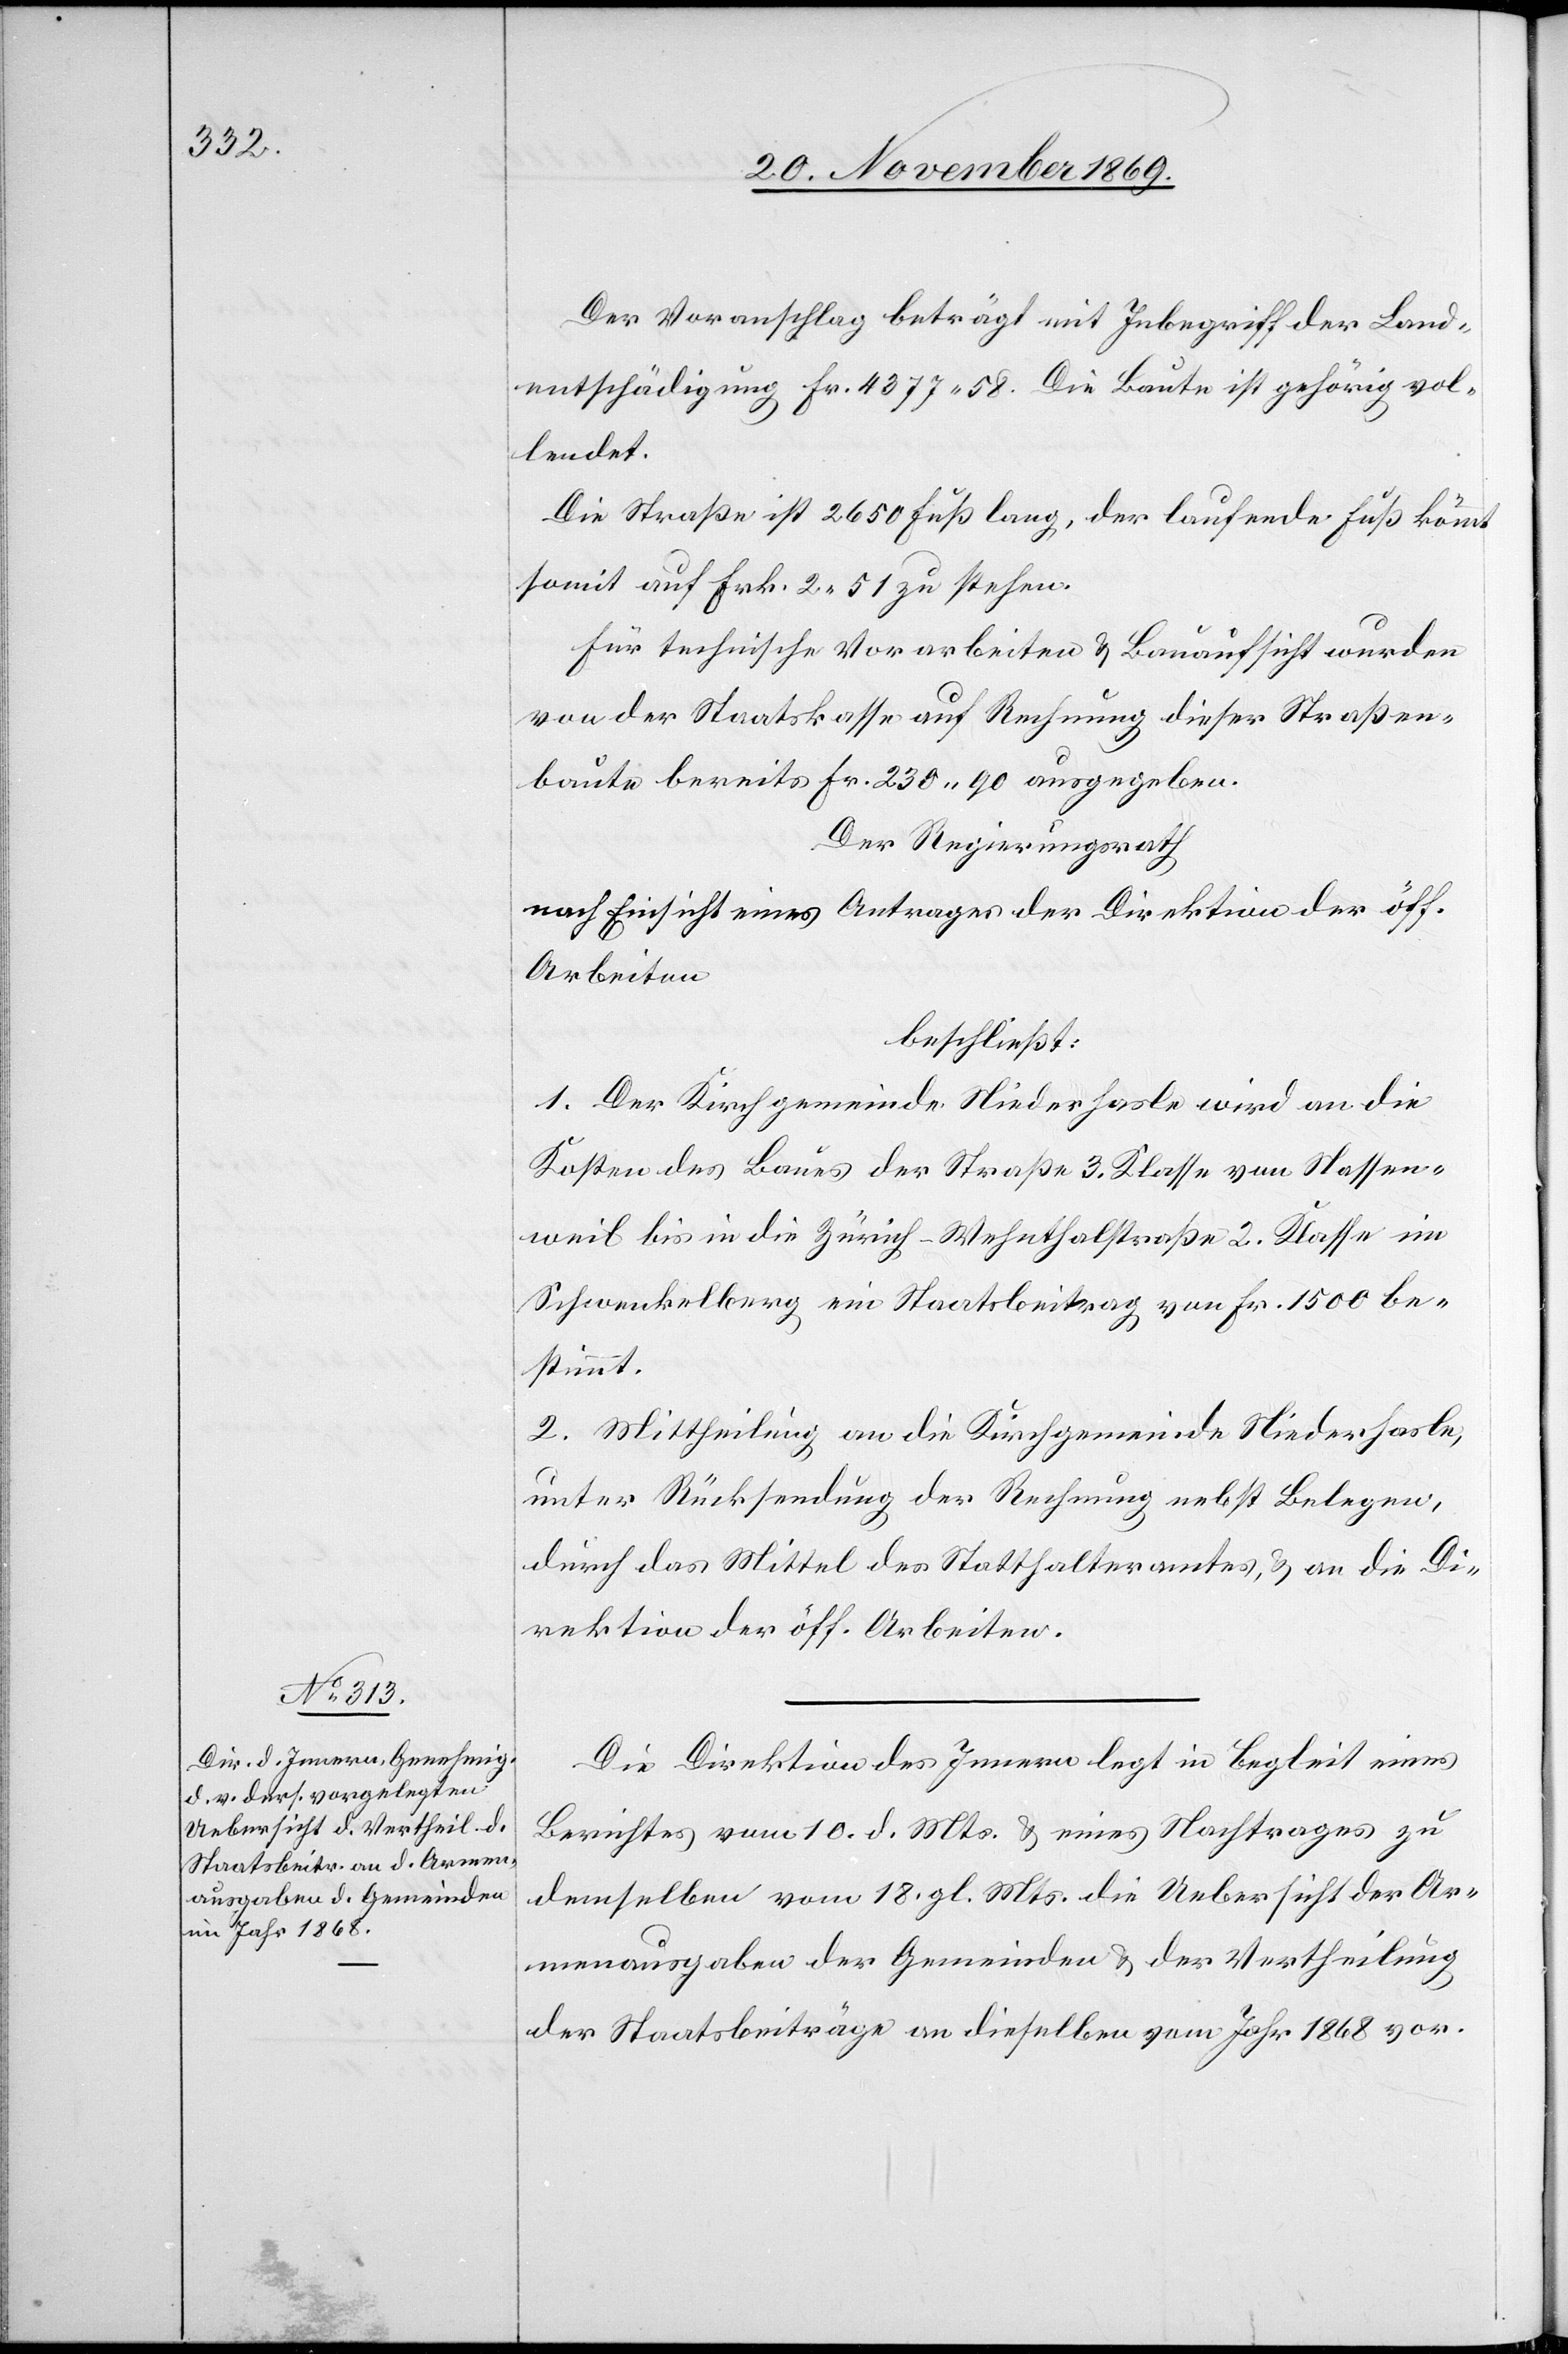
Die Direktion des Innern legt in Begleit eines
Berichtes vom 10. d. Mts. & eines Nachtrages zu
demselben vom 18. gl. Mts. die Uebersicht der Ar¬
menausgaben der Gemeinden & der Vertheilung
der Staatsbeiträge an dieselben vom Jahr 1868 vor.